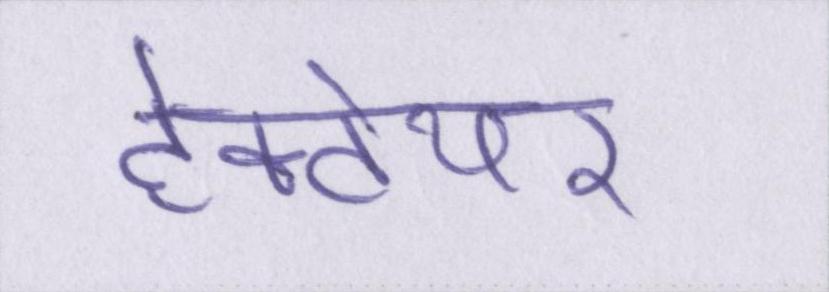
हेक्टेयर